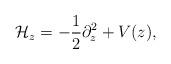
LaTeX: \begin{align*}\mathcal H_z = -\frac{1}{2}\partial^2_z +V(z),\end{align*}